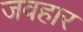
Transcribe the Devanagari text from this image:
जवहार